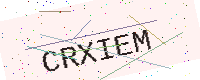
Text: CRXIEM